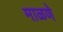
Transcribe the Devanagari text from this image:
माळणे